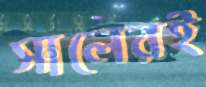
সালেরই